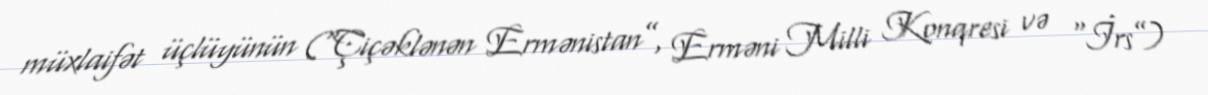
müxlaifət üçlüyünün (“Çiçəklənən Ermənistan”, Erməni Milli Konqresi və “İrs”)